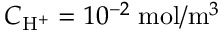
C _ { \mathrm { H } ^ { + } } = 1 0 ^ { - 2 } \; \mathrm { m o l } / \mathrm { m } ^ { 3 }